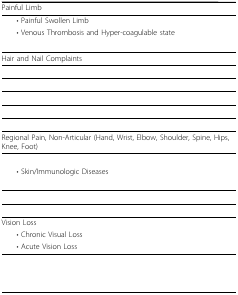
<table><thead><tr><td><b>Painful Limb</b></td></tr></thead><tbody><tr><td> • Painful Swollen Limb</td></tr><tr><td> • Venous Thrombosis and Hyper-coagulable state</td></tr><tr><td>[EMPTY_CELL]</td></tr><tr><td>Hair and Nail Complaints</td></tr><tr><td>[EMPTY_CELL]</td></tr><tr><td>[EMPTY_CELL]</td></tr><tr><td>[EMPTY_CELL]</td></tr><tr><td>[EMPTY_CELL]</td></tr><tr><td>[EMPTY_CELL]</td></tr><tr><td>Regional Pain, Non-Articular (Hand, Wrist, Elbow, Shoulder, Spine, Hips, Knee, Foot)</td></tr><tr><td>[EMPTY_CELL]</td></tr><tr><td> • Skin/Immunologic Diseases</td></tr><tr><td>[EMPTY_CELL]</td></tr><tr><td>[EMPTY_CELL]</td></tr><tr><td>[EMPTY_CELL]</td></tr><tr><td>Vision Loss</td></tr><tr><td> • Chronic Visual Loss</td></tr><tr><td> • Acute Vision Loss</td></tr><tr><td>[EMPTY_CELL]</td></tr><tr><td>[EMPTY_CELL]</td></tr><tr><td>[EMPTY_CELL]</td></tr></tbody></table>